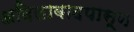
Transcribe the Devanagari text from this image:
अदिलाबादपासून